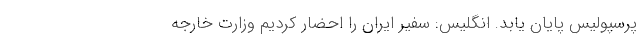
پرسپولیس پایان یابد. انگلیس: سفیر ایران را احضار کردیم وزارت خارجه